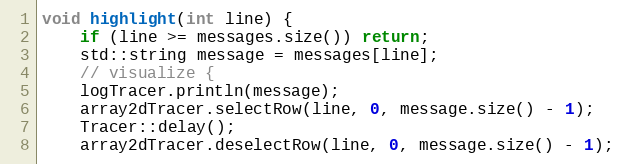
Language: C++
void highlight(int line) {
    if (line >= messages.size()) return;
    std::string message = messages[line];
    // visualize {
    logTracer.println(message);
    array2dTracer.selectRow(line, 0, message.size() - 1);
    Tracer::delay();
    array2dTracer.deselectRow(line, 0, message.size() - 1);